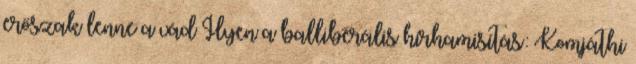
erőszak lenne a vád Ilyen a balliberális hírhamisítás: Komjáthi